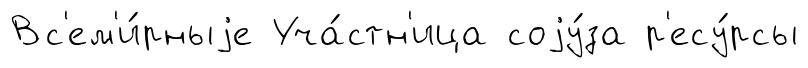
Вс'ем'и́рныjе Уча́стн'ица соjу́за р'есу́рсы